Report of the King Institute of Preventive Medicine, Guindy
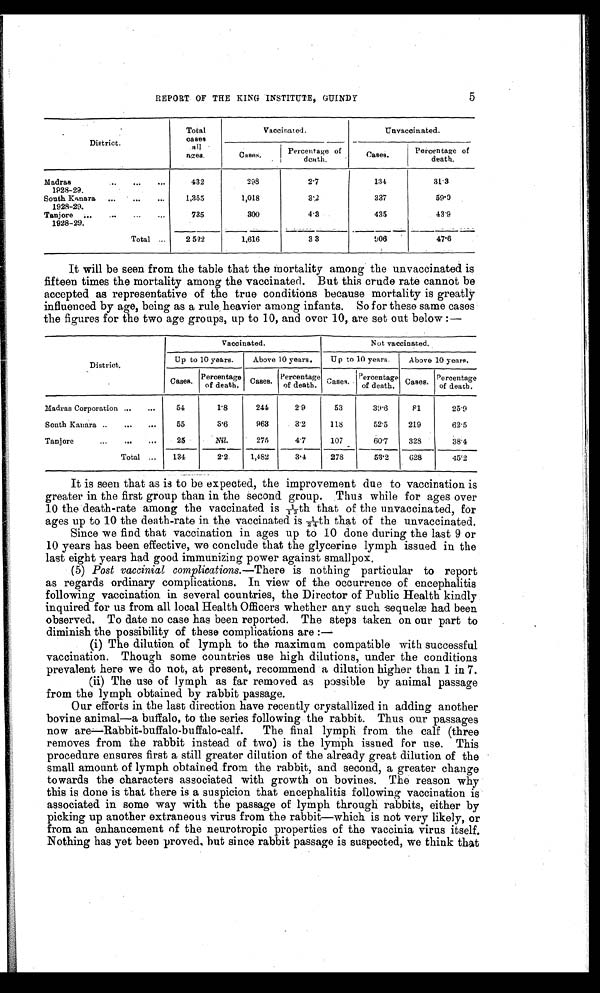
5
REPORT OF THE KING INSTITUTE, GUINDY
District.
Total
cases a l l
ages.
Vaccinated.
Unvaccinated.
Cases.
Percentage of
death.
Cases.
Percentage of
death.
Madras......
. . .
1928-29.
432
298
2.7
134
31.3
South Kanara
...
...
...
1928-29.
1,355
1,018
3.2
337
59.0
Tanjore ...
...
...
...
1928-29.
735
300
4.3
435
43.9
Total ...
2,522
1,616
3 . 3
906
47.6
It will be seen from the table that the mortality among the unvaccinated is
fifteen times the mortality among the vaccinated. But this crude rate cannot be
accepted as representative of the true conditions because mortality is greatly
influenced by age, being as a rule heavier among infants. So for these same cases
the figures for the two age groups, up to 10, and over 10, are set out below :—
District.
Vaccinated.
Not vaccinated.
Up to 10 years.
Above 10 years,
Up to 10 years.
Above 10 years.
Cases. P e r c e n t a g e
of death.
C a s e s . Percentage
of death.
C a s e s .
P e r c e n t a g e
o f d e a t h .
Cases. Percentage
of death.
Madras Corporation ...
...
5 4
1.8
244
2.9
53
39.6
8 1
25.9
South Kanara ..
...
. . .
55
3.6
963
3.2
118
52.5
219
62.5
Tanjore
. . .
. . .
25
Nil.
275
4 . 7
107
60.7
328
38.4
Total ...
134
2 . 2
1,482
3.4
2 7 8
5 3 . 2
628
45.2
It is seen that as is to be expected, the improvement due to vaccination is
greater in the first group than in the second group. Thus while for ages over
10 the death-rate among the vaccinated is 1/13th that of the unvaccinated, for
ages up to 10 the death-rate in the vaccinated is 1/24th that of the unvaccinated.
Since we find that vaccination in ages up to 10 done during the last 9 or
10 years has been effective, we conclude that the glycerine lymph issued in the
last eight years had good immunizing power against smallpox.
(5) Post vaccinial complications.— There is nothing particular to report
as regards ordinary complications. In view of the occurrence of encephalitis
following vaccination in several countries, the Director of Public Health kindly
inquired for us from all local Health Officers whether any such sequelæ had been
observed. To date no case has been reported. The steps taken on our part to
diminish the possibility of these complications are :—
(i) The dilution of lymph to the maximum compatible with successful
vaccination. Though some countries use high dilutions, under the conditions
prevalent here we do not, at present, recommend a dilution higher than 1 in 7.
(ii) The use of lymph as far removed as possible by animal passage
from the lymph obtained by rabbit passage.
Our efforts in the last direction have recently crystallized in adding another
bovine animal—a buffalo, to the series following the rabbit. Thus our passages
no w are—Rabbit-buffalo-buffalo-calf. The final lymph from the calf (three
removes from the rabbit instead of two) is the lymph issued for use. This
procedure ensures first a still greater dilution of the already great dilution of the
small amount of lymph obtained from the rabbit, and second, a greater change
towards the characters associated with growth on bovines. The reason why
this is done is that there is a suspicion that encephalitis following vaccination is
associated in some way with the passage of lymph through rabbits, either by
picking up another extraneous virus from the rabbit—which is not very likely, or
from an enhancement of the neurotropic properties of the vaccinia virus itself.
Nothing has yet been proved, but since rabbit passage is suspected, we think that